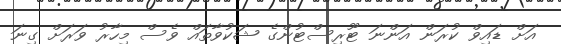
އަަށް ޑައިވް ކުރަން އަންނަ ޓޫރިސްޓުންގެ ޝަކުވާތައް ވެސް މިހާރު ވަރަށް ގިނަ